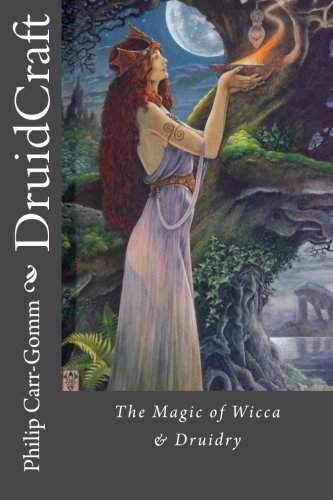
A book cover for DruidCraft: The Magic of Wicca & Druidry; Philip Carr-Gomm; Religion & Spirituality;